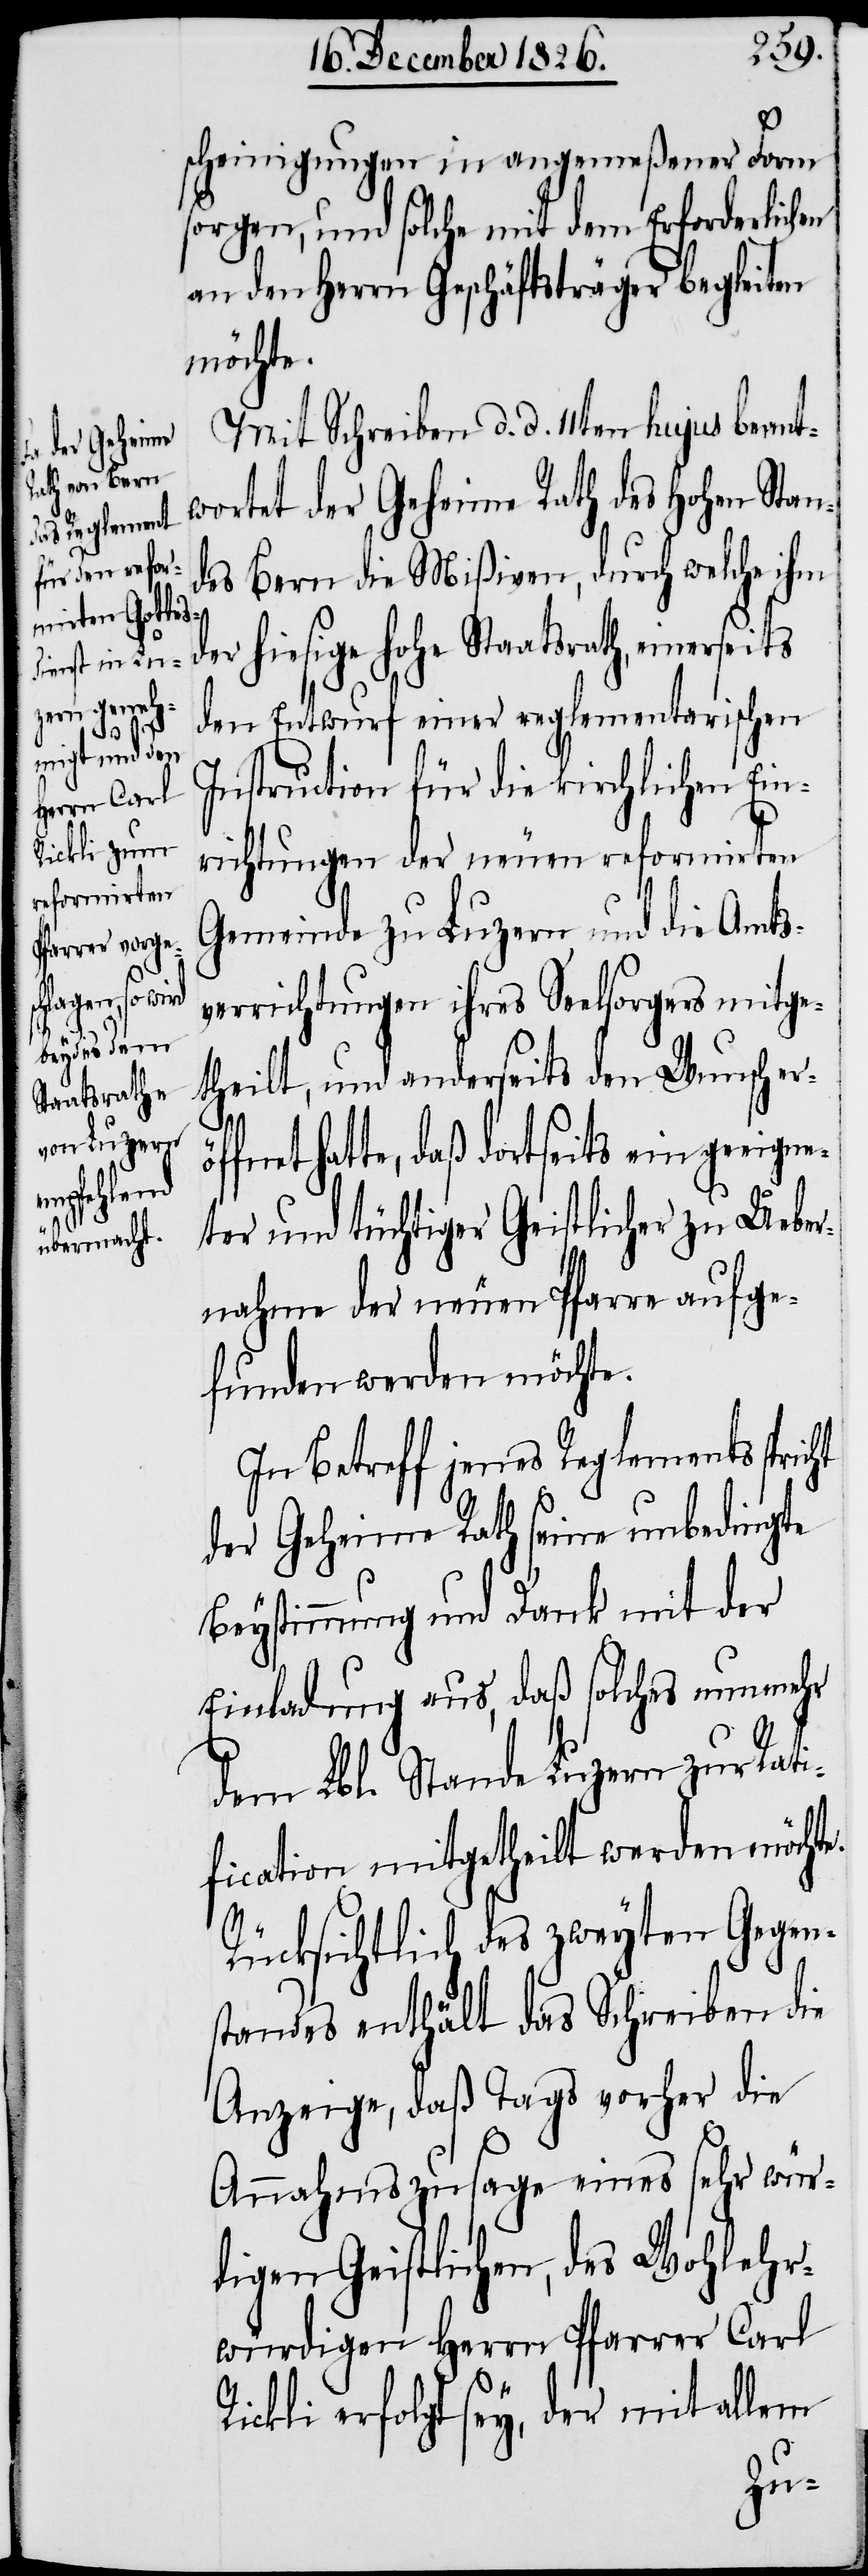
scheinigungen in angemeßener Form
sorgen, und solche mit dem Erforderlichen
an den Herrn Geschäftsträger begleiten
möchte.
Mit Schreiben d. d. 11ten hujus beant¬
wortet der Geheime Rath des hohen Stan¬
des Bern die Mißiven, durch welche ihm
er hiesige hohe Staatsrath, einerseits
den Entwurf einer reglementarischen
Instruction für die kirchlichen Ein¬
richtungen der neuen reformirten
Gemeinde zu Luzern und die Amts¬
verrichtungen ihres Seelsorgers mitge¬
theilt, und anderseits den Wunsch er¬
fnet hatte, daß dortseits ein geeign¬
öf¬
eter und tüchtiger Geistlicher zu Ueber¬
nahme der neuen Pfarre aufge¬
funden werden möchte.
In Betreff jenes Reglements spricht
der Geheime Rath seine unbedingte
Beystimmung und Dank mit der
Einladung aus, daß solches nunmehr
dem Lbl. Stande Luzern zur Rati¬
fication mitgetheilt werden möchte.
Rücksichtlich des zweyten Gegen¬
standes enthält das Schreiben die
Anzeige, daß Tags vorher die
Annahmszusage eines sehr wür¬
digen Geistlichen, des Wohlehr¬
würdigen Herrn Pfarrer Carl
Rickli erfolgt sey, der mit allem